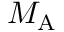
M _ { \mathrm { A } }